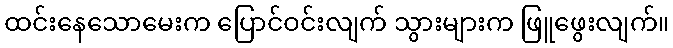
ထင်းနေသောမေးက ပြောင်ဝင်းလျက် သွားများက ဖြူဖွေးလျက်။